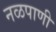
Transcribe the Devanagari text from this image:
नळपाणी